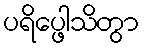
ပရိပ္ဖေါသိတွာ